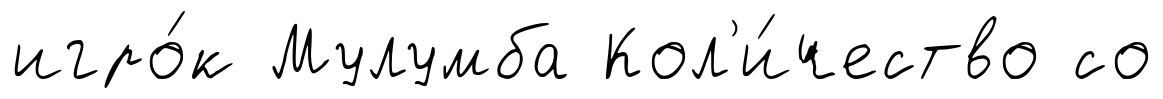
игро́к Мулумба Кол'и́чество со